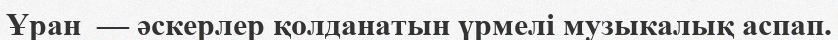
Ұран  — әскерлер қолданатын үрмелі музыкалық аспап.